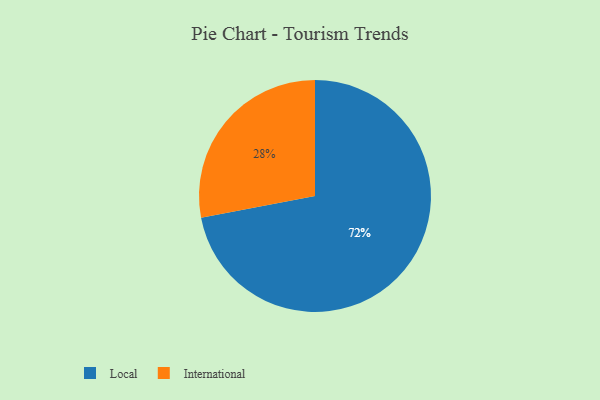
{"axis": {"x": "Category", "y": "Percentage"}, "legend": ["International", "Local"], "data": [{"x": "International", "y": 28, "type": "International"}, {"x": "Local", "y": 72, "type": "Local"}]}